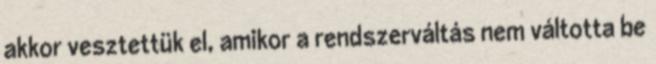
akkor vesztettük el, amikor a rendszerváltás nem váltotta be